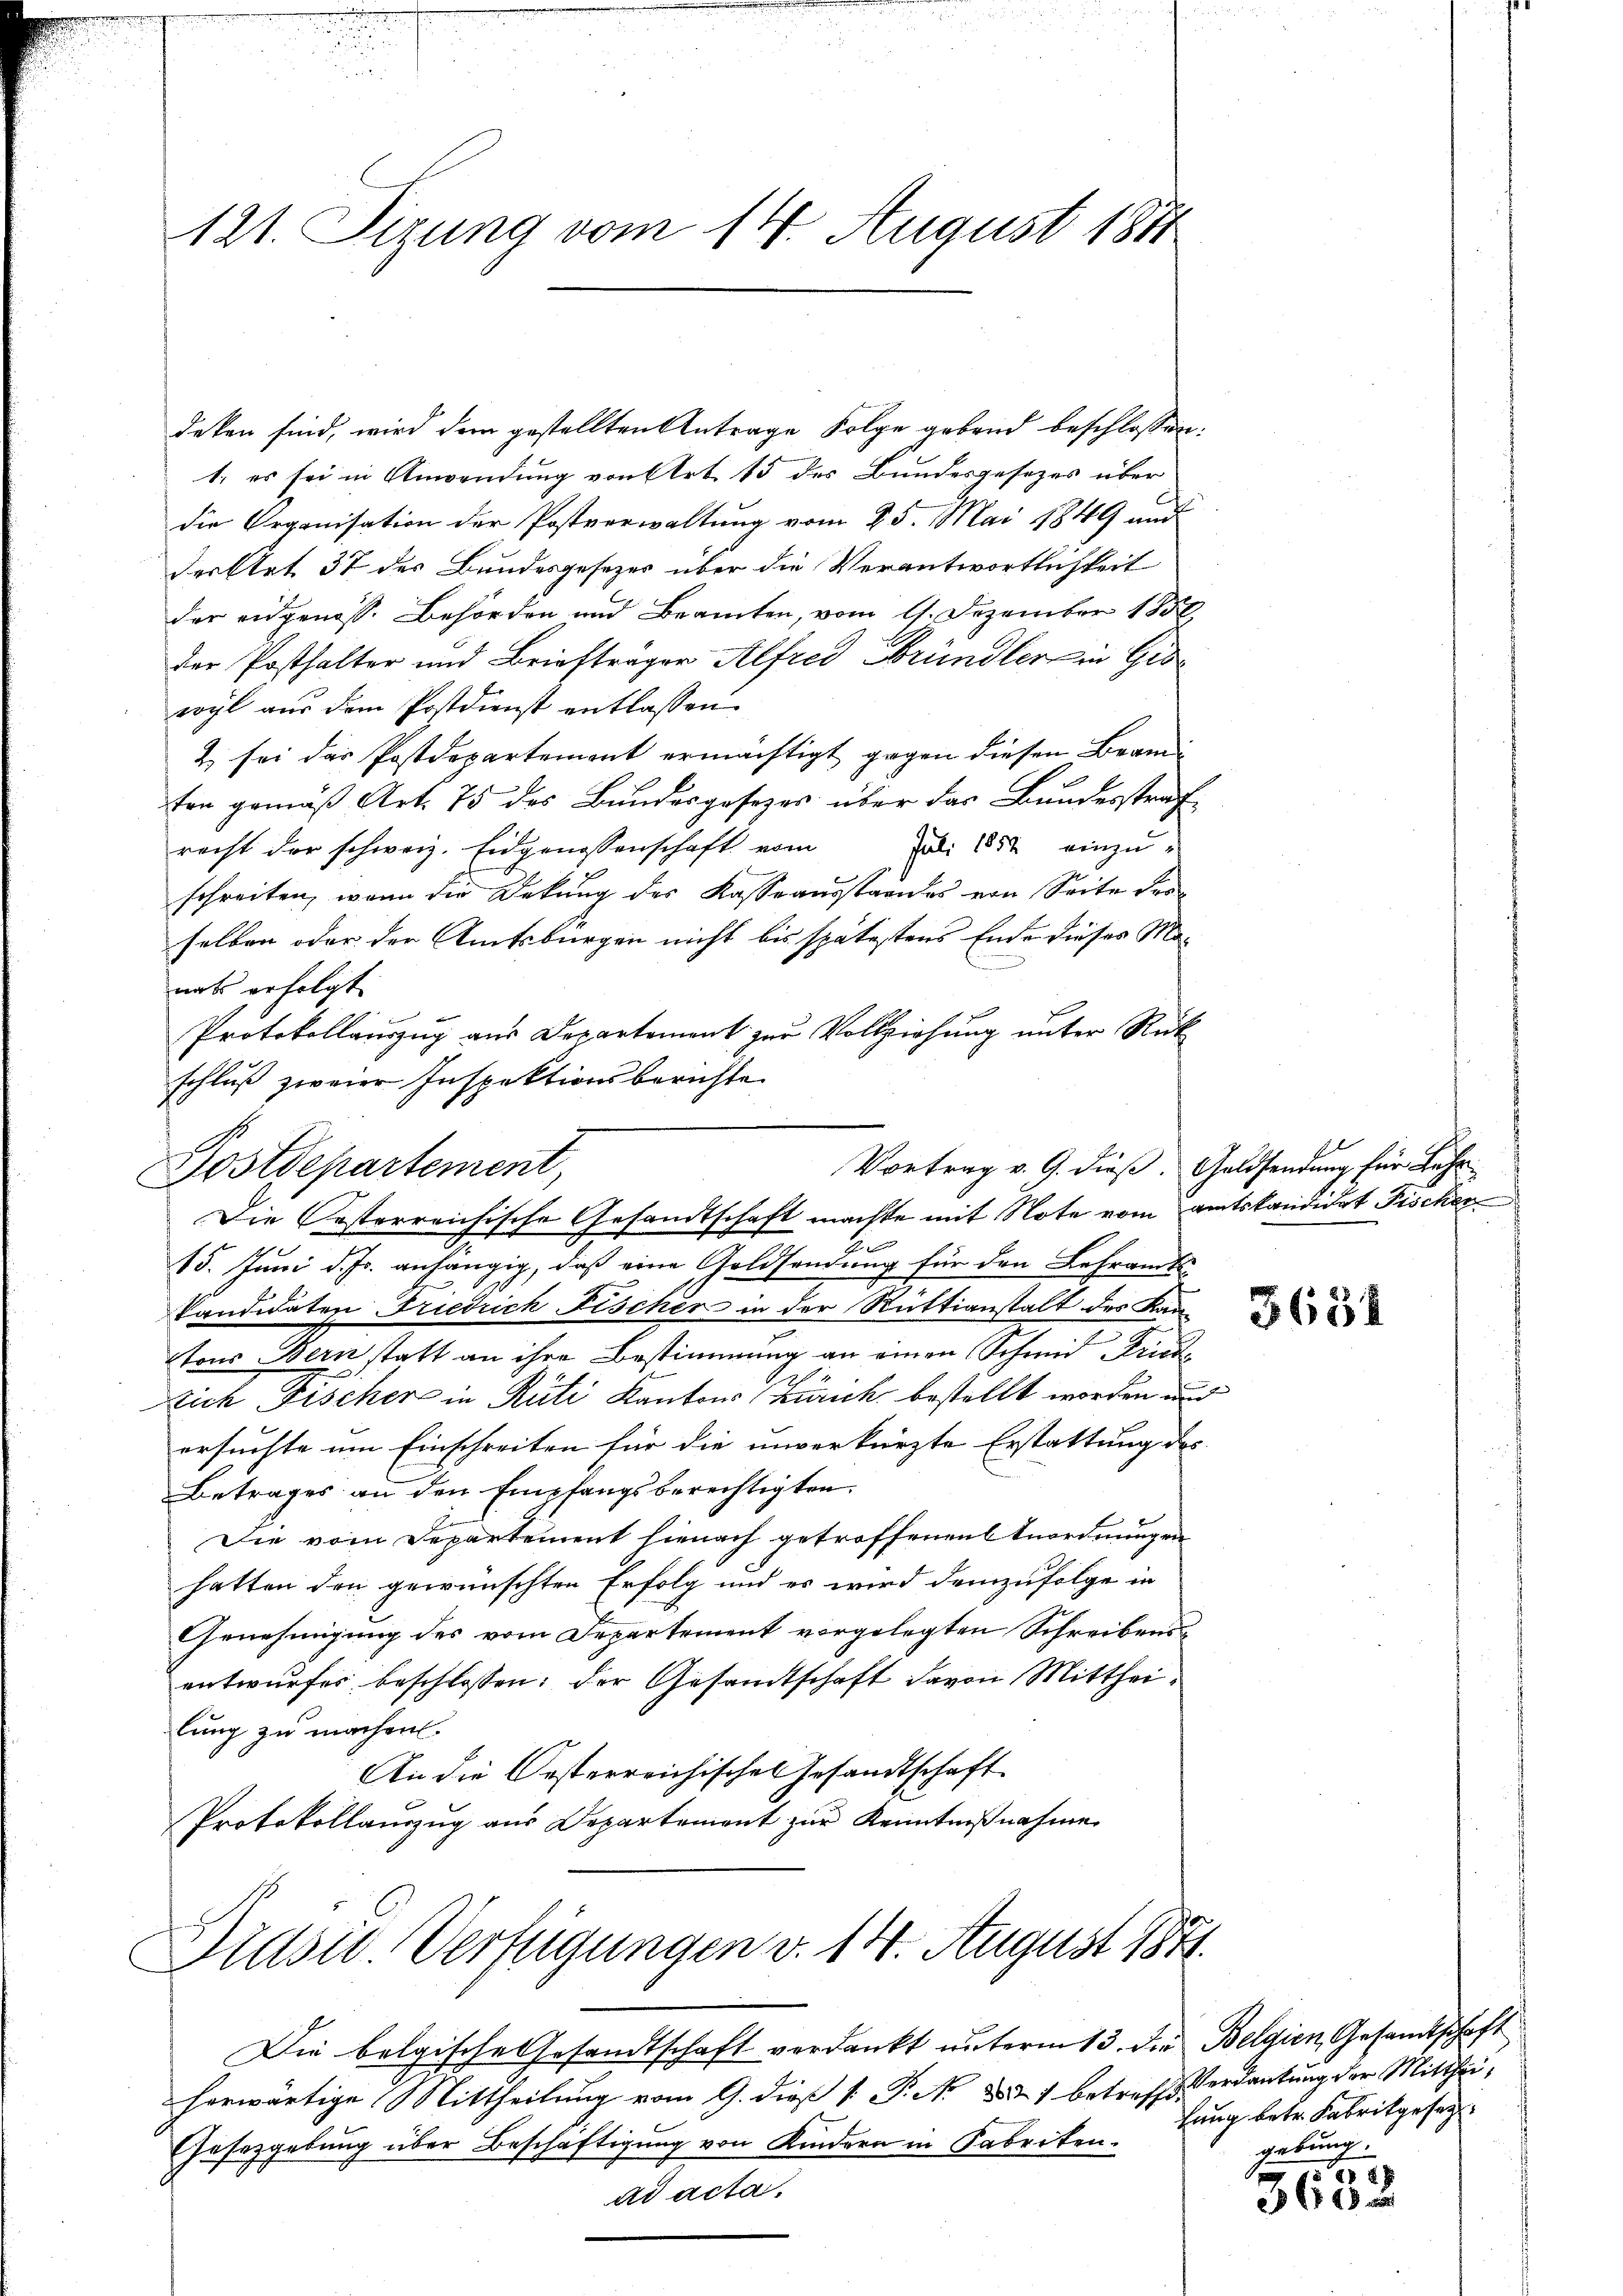
121. Sizung vom 14. August 1881

deken sind, wird dem gestellten Antrage Folge gebend beschlossen:
1. es sei in Anwendung von Art. 15 des Bundesgesezes über
die Organisation der Postverwaltung vom 25. Mai 1849 und
der Art. 37 des Bundesgesezes über die Verantwortlichkeit
der eidgenoss. Behörden und Beamten, vom 17. Dezember 1858.
der Posthalter und Briefträger Alfred Bründler in Gewyl aus dem Postdienst entlassen.
2 sei das Postdepartement ermächtigt gegen diesen Bran-
ton gemäß Art. 75 des Bundesgesezes über das Bundesstrafrecht der schweiz. Eidgenossenschaft vom 1882 einzu-
schreiten, wenn die Dekung des Kasseausstandes von Seite der
selben oder der Amtsbürgen nicht bis spätestens Ende dieses Mo-

nats erfolgt.
Protokollauszug aus Departement zur Vollziehung unter Rück
schluß zweier Inspektionsberichte
b
15. Juni d. Js. anhängig, daß eine Geldsendung für den Lehramts-
kandidaten Friedrich Fischer in der Rüttianstalt des Kan-
tons Bern statt an ihre Bestimmung an einen Schmid Fried¬
Dich Fischer in Rüti Kantons Zürich bestellt worden und
ersuchte um Einschreiten für die unverkürzte Erstattung des
Betrages an den Empfangsberechtigten.
E
Die vom Departement hienach getroffenen Anordnungen
hatten den gewünschten Erfolg und es wird demzufolge in
Genehmigung des vom Departement vorgelegten Schreibensentwurfes beschlossen: der Gesamtschaft davon Mittheilung zu machen.
An die Oesterreichischen Gesandtschaft
Protokollauszug aus Departement zur Kenntnißnahme
Drasie Verfügungen v. 14. August 1871.
Die belgische Gesandtschaft verdankt unterm 13. die Belgien, Gesandtschaft
herwärtige Mittheilung vom 9. dieß [ P. No 837 betreff Verdankung der Mitthei¬
Gesetzgebung über Beschäftigung von Kindern in Fabriken.
ad acta

Vortrag v. G. dieß. Geldsendung für Lehr¬
Postdepartement,
Die Posterreichische Gesandtschaft machte mit Note vom Amtskandidat Fischer

5654

hung betr. Fabrikgesez
gebung.

650/
1